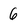
Character: 6